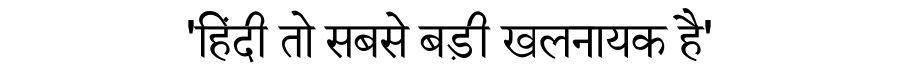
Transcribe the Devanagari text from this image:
'हिंदी तो सबसे बड़ी खलनायक है'